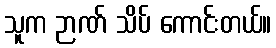
သူက ဉာဏ် သိပ် ကောင်းတယ်။